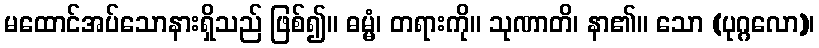
မထောင်အပ်သောနားရှိသည် ဖြစ်၍။ ဓမ္မံ၊ တရားကို။ သုဏာတိ၊ နာ၏။ သော (ပုဂ္ဂလော)၊